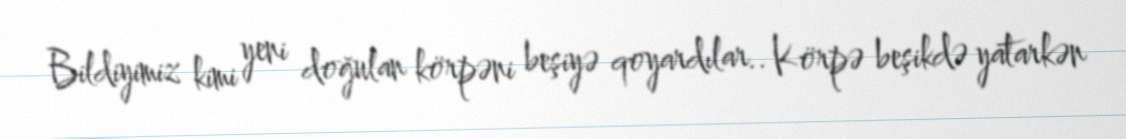
Bildiyimiz kimi yeni doğulan körpəni beşiyə qoyardılar.. Körpə beşikdə yatarkən